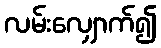
လမ်းလျှောက်၍